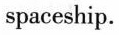
spaceship.